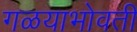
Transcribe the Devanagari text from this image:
गळयाभोवती